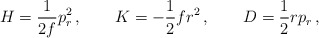
\begin{align*}H= {1\over 2f} p_r^2\,, \qquad K = -{1\over2} f r^2\,,\qquad D= {1\over2} rp_r\,,\end{align*}